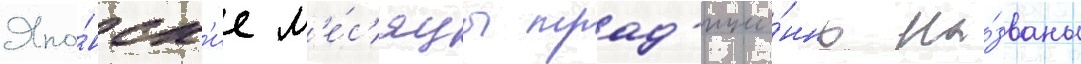
Япо́нск'ие м'е́с'яцы трад'ицио́нно на́званы